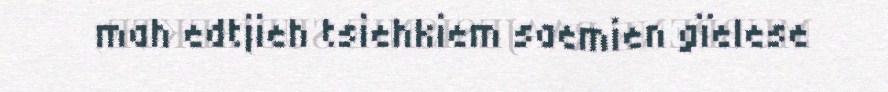
mah edtjieh tsiehkiem saemien gïelese